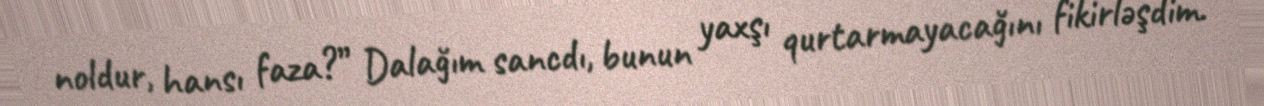
noldur, hansı faza?” Dalağım sancdı, bunun yaxşı qurtarmayacağını fikirləşdim.